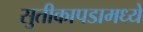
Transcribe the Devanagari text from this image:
सुतीकापडामध्ये